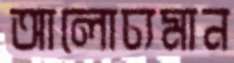
আলোচ্যমান